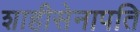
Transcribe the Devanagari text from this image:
शाहीसेनापति